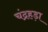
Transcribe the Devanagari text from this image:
चंद्रहड़ा